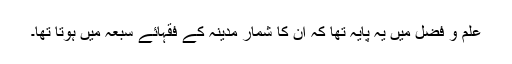
علم و فضل میں یہ پایہ تھا کہ ان کا شمار مدینہ کے فقہائے سبعہ میں ہوتا تھا۔